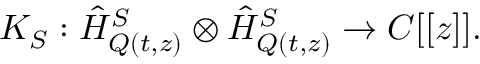
K _ { S } : \hat { H } _ { Q ( t , z ) } ^ { S } \otimes \hat { H } _ { Q ( t , z ) } ^ { S } \rightarrow C [ [ z ] ] .